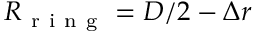
R _ { \mathrm { ~ r ~ i ~ n ~ g ~ } } = D / 2 - \Delta r